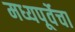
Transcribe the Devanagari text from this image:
मध्यपूर्वेचा